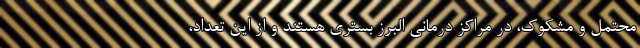
محتمل و مشکوک، در مراکز درمانی البرز بستری هستند و از این تعداد،